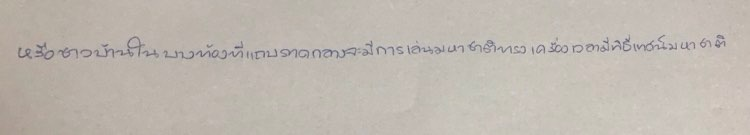
หรือชาวบ้านในบางท้องที่แถบภาคกลางจะมีการเล่นมหาชาติทรงเครื่องเวลามีพิธีเทศน์มหาชาติ